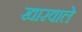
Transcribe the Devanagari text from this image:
खारवाले